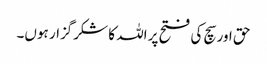
حق اور سچ کی فتح پر اللہ کا شکرگزار ہوں۔